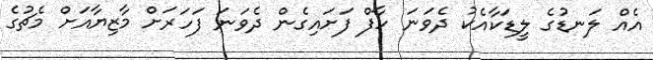
އެއް ލަނޑުގެ ލީޑަކާއެކު ދެވަނަ ހާފް ފަށައިގެން ދެވަނަ ފަހަރަށް މާޒިޔާއަށް މެޗުގެ